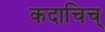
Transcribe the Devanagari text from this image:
कदाचिच्